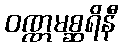
ဝဏ္ဏမစ္ဆရိနီ